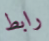
رابط